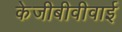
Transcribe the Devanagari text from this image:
केजीबीवीवाई